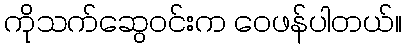
ကိုသက်ဆွေဝင်းက ဝေဖန်ပါတယ်။